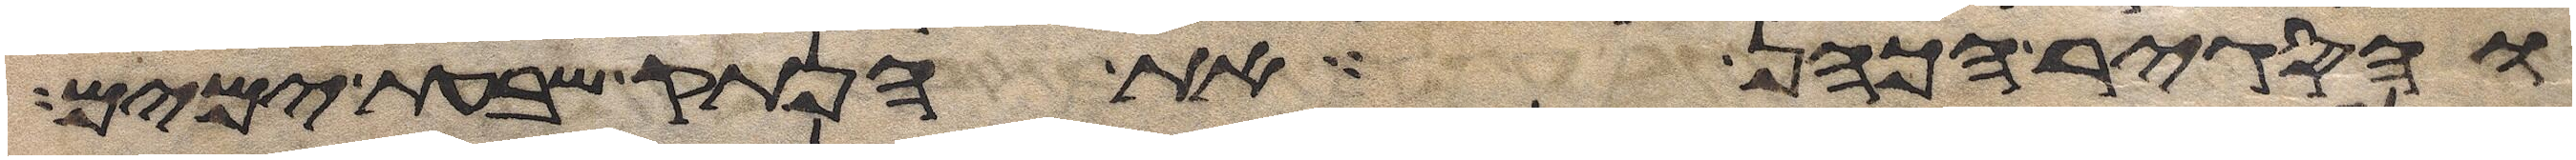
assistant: והסגיר הכהן את הנתק שבעת ימים